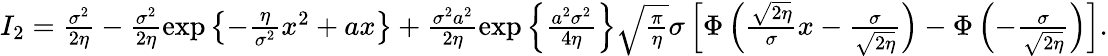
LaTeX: \begin{array}{r}{I_{2}=\frac{\sigma^{2}}{2\eta}-\frac{\sigma^{2}}{2\eta}\exp\left\{ -\frac{\eta}{\sigma^{2}}x^{2}+ax\right\} +\frac{\sigma^{2}a^{2}}{2\eta}\exp\left\{ \frac{a^{2}\sigma^{2}}{4\eta}\right\} \sqrt{\frac{\pi}{\eta}}\sigma\left[\Phi\left(\frac{\sqrt{2\eta}}{\sigma}x-\frac{\sigma}{\sqrt{2\eta}}\right)-\Phi\left(-\frac{\sigma}{\sqrt{2\eta}}\right)\right].}\end{array}